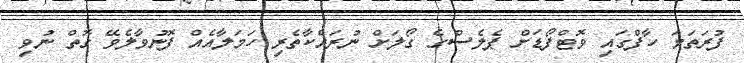
ފުރަތަމަ ހާފްގައި ވޮޓްފޯޑަށް ޕެލެސްގެ ގޯލަށް ނުރައްކާތެރި ހަމަލާއެއް ފޮނުވާލެވޭ ގޮތް ނުވި